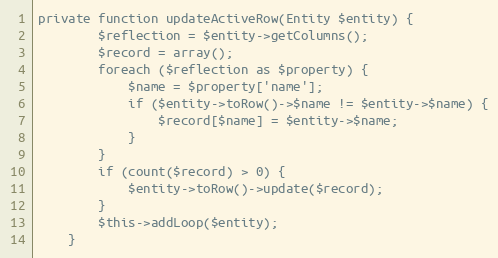
Language: PHP
private function updateActiveRow(Entity $entity) {
		$reflection = $entity->getColumns();
		$record = array();
		foreach ($reflection as $property) {
			$name = $property['name'];
			if ($entity->toRow()->$name != $entity->$name) {
				$record[$name] = $entity->$name;
			}
		}
		if (count($record) > 0) {
			$entity->toRow()->update($record);
		}
		$this->addLoop($entity);
	}